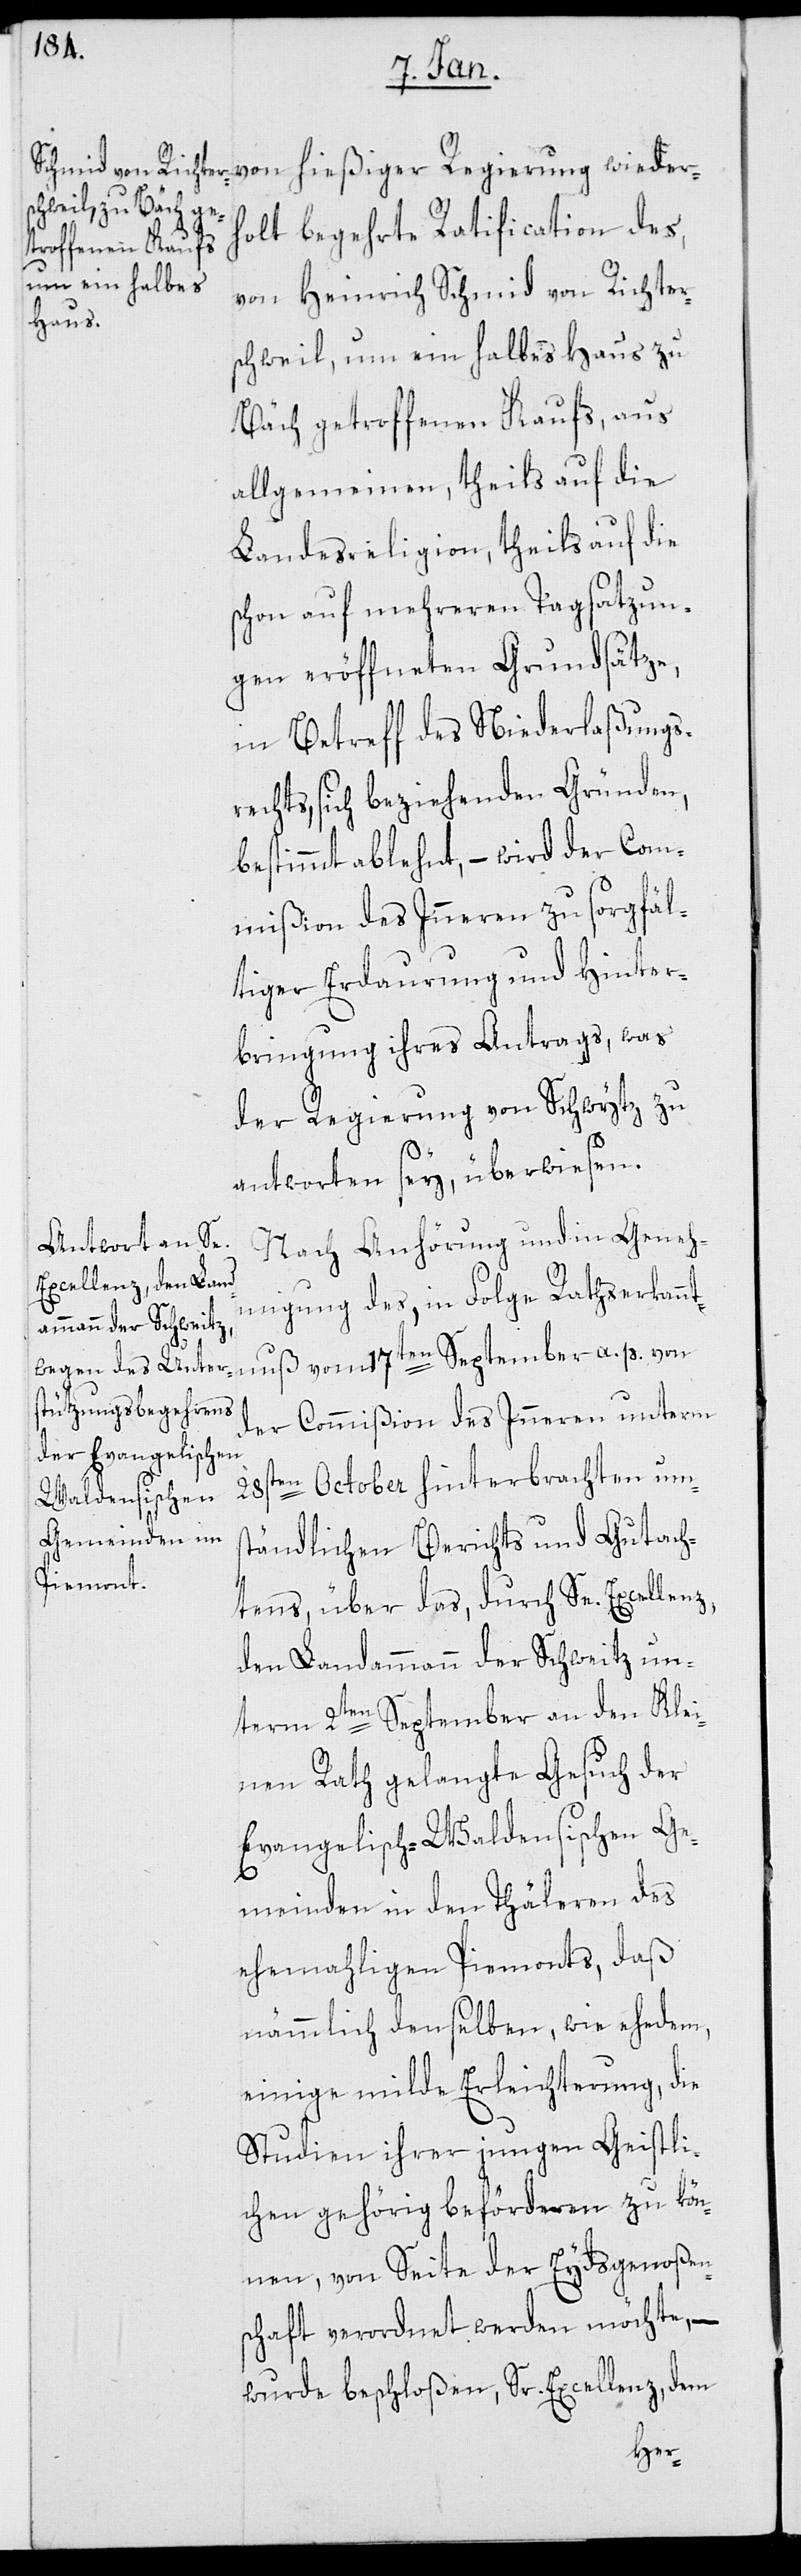
holt begehrte Ratification des,
von Heinrich Schmid von Richter¬
schweil, um ein halbes Haus zu
Bäch getroffenen Kaufs, aus
allgemeinen, theils auf die
Landesreligion, theils auf die
schon auf mehreren Tagsatzun¬
gen eröffneten Grundsätze,
in Betreff des Niederlaßungs¬
rechts, sich beziehenden Gründen,
bestimmt ablehnt, – wird der Com¬
mißion des Inneren zu sorgfäl¬
tiger Erdaurung und Hinter¬
bringung ihres Antrags, was
der Regierung von Schwytz zu
p.
antworten sey, überwiesen.
Nach Anhörung und in Geneh¬
migung des, in Folge Rathserkannt¬
der Commißion des Inneren unterm
28sten October hinterbrachten ums¬
tändlichen Berichts und Gutach¬
wieder¬
tens, über das, durch Se. Excellenz
den Landammann der Schweitz un¬
a.
term 2ten September an den Klei¬
nen Rath gelangte Gesuch der
evangelisch waldensischen Ge¬
meinden in den Thäleren des
ehemahligen Piemonts, daß
nämmlich denselben, wie ehedem,
einige milde Erleichterung die
Studien ihrer jungen Geistli¬
chen gehörig beförderen zu kön¬
nen, von Seite der Eydsgenoßen¬
schaft verordnet werden möchte, –
wurde beschloßen, Sr. Excellenz, dem